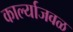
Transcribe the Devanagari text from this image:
कार्ल्याजवळ